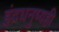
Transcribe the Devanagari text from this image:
इंद्रधनुष्यही